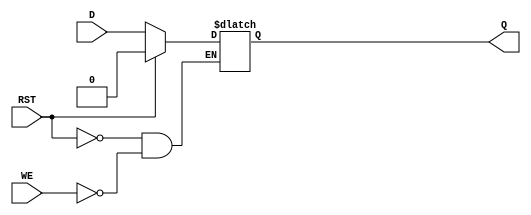
module async_register (
    input wire D,        // Data input
    input wire WE,       // Write Enable
    input wire RST,      // Asynchronous Reset
    output reg Q         // Data output
);

// Asynchronous reset and write operation
always @(*) begin
    if (RST) begin
        Q <= 1'b0;       // Reset the output to 0
    end else if (WE) begin
        Q <= D;          // Capture the input data when Write Enable is asserted
    end
    // If neither RST nor WE is asserted, Q retains its previous value
end

endmodule